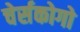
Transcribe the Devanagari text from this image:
चेर्सकोगो